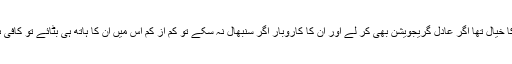
اِن کا خیال تھا اگر عادل گریجویشن بھی کر لے اور اُن کا کاروبار اگر سنبھال نہ سکے تو کم از کم اس میں اُن کا ہاتھ ہی بٹائے تو کافی ہے۔